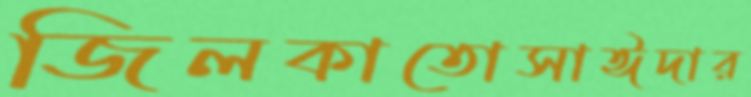
জিলকাতোসাঈদার